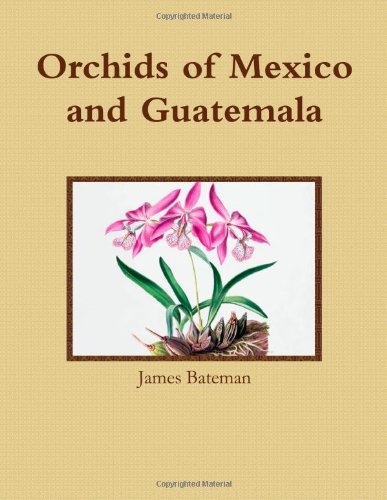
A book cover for Orchids of Mexico and Guatemala; James Bateman; Crafts, Hobbies & Home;